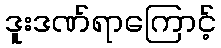
ဒူးဒဏ်ရာကြောင့်